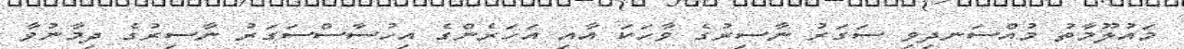
މައުލޫމާތު މުއްސަނދިވި ސަގަރު ނާސިރުގެ ވާހަކަ އާއި އަހަރެންގެ އިހުސާސްސަގަރު ނާސިރުގެ ދިމާނުވާ